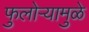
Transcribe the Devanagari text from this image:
फुलोऱ्यामुळे